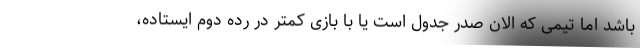
باشد اما تیمی که الان صدر جدول است یا با بازی کمتر در رده دوم ایستاده،